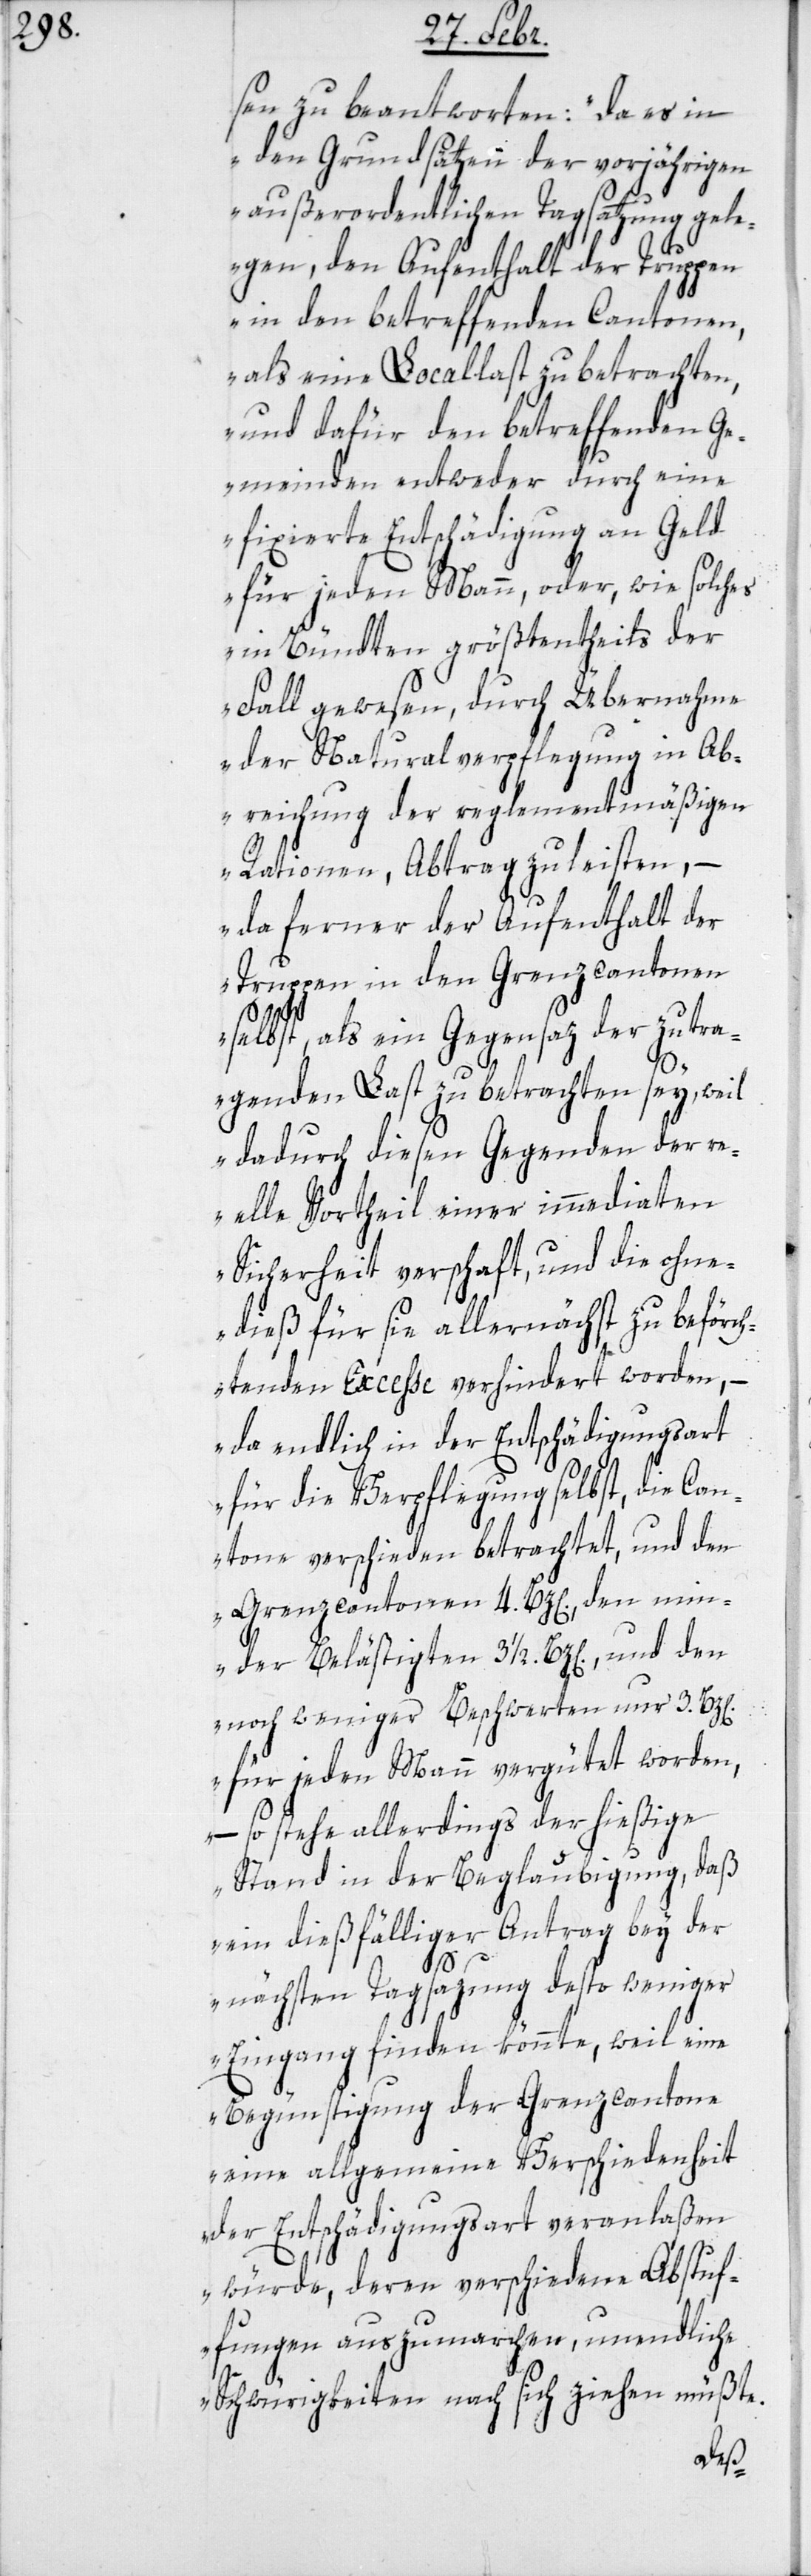
sen zu beantworten: „da es in
den Grundsätzen der vorjährigen
außerordentlichen Tagsatzung gele¬
gen, den Aufenthalt der Truppen
in den betreffenden Cantonen,
als eine Locallast zu betrachten,
und dafür den betreffenden Ge¬
meinden entweder durch eine
fixierte Entschädigung an Geld
für jeden Mann, oder, wie solches
in Bündten größtentheils der
Fall gewesen, durch Übernahme
der Naturalverpflegung in Ab¬
reichung der reglementmäßigen
Rationen, Abtrag zu leisten, –
da ferner der Aufenthalt der
Truppen in den Grenzcantonen
selbst, als ein Gegensaz der zu tra¬
genden Last zu betrachten sey, weil
dadurch diesen Gegenden der re¬
elle Vortheil einer immediaten
Sicherheit verschaft, und die ohne¬
dieß für sie allernächst zu beförch¬
tenden Excesse verhindert worden, –
da endlich in der Entschädigungsart
für die Verpflegung selbst, die Can¬
tone verschieden betrachtet, und den
Grenzcantonen 4. Bz[en]., den min¬
der Belästigten 3 1/2. Bz[en]., und den
noch weniger Beschwerten nur 3. Bz[en].
für jeden Mann vergütet worden,
– so stehe allerdings der hießige
Stand in der Beglaubigung, daß
ein dießfälliger Antrag bey der
nächsten Tagsazung desto weniger
Eingang finden könnte, weil eine
Begünstigung der Grenzcantone
eine allgemeine Verschiedenheit
der Entschädigungsart veranlaßen
würde, deren verschiedene Abstu¬
fungen auszumarchen, unendliche
Schwürigkeiten nach sich ziehen müßte.